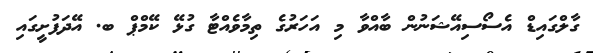
ގާލްގައިޑް އެސޯސިއޭޝަނުން ބާއްވާ މި އަހަރުގެ ތިމާވެއްޓާ ގުޅޭ ކޭމްޕް ބ. އޭދަފުށީގައި